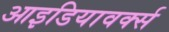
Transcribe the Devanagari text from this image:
आइडियावर्क्स